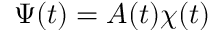
\Psi ( t ) = A ( t ) \chi ( t )